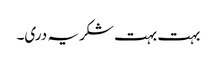
بہت بہت شکریہ دری۔